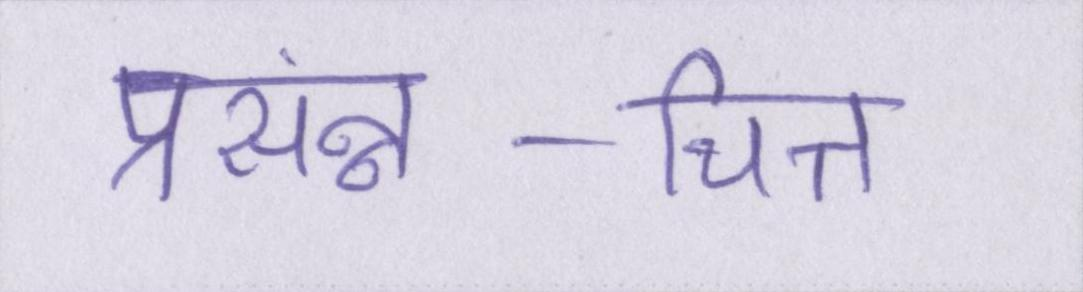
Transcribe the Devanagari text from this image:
प्रसंन्न-चित्त